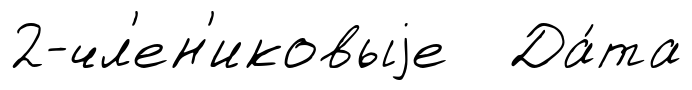
2-чл'ен'иковыjе Да́та